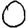
Digit: 0